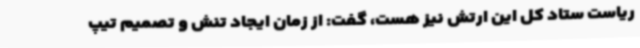
ریاست ستاد کل این ارتش نیز هست، گفت: از زمان ایجاد تنش و تصمیم تیپ